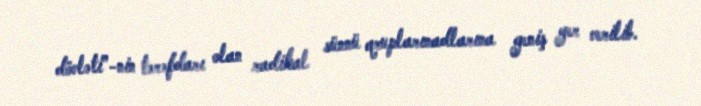
dövləti”-nin tərəfdarı olan radikal sünnü qruplarınadlarına geniş yer verilib.